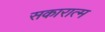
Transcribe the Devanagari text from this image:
सकारात्म